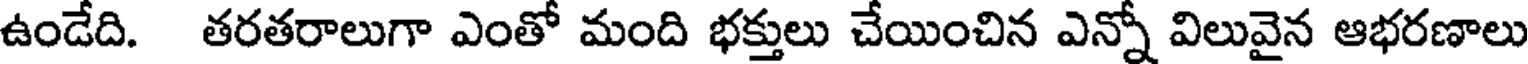
ఉండేది. తరతరాలుగా ఎంతో మంది భక్తులు చేయించిన ఎన్నో విలువైన ఆభరణాలు